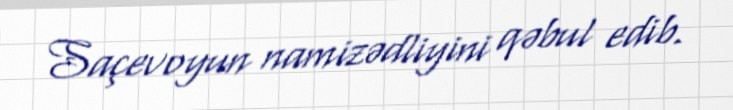
Saçevoyun namizədliyini qəbul edib.